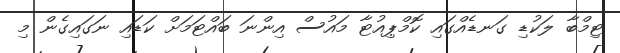
ޓިމްބާ ލަކުޑި ގަނޑެއްގައި ކޮމްޕިއުޓާ މައުސް އިންނަ ބައްޓަމަށް ކަޑައި ނަގައިގެން މި